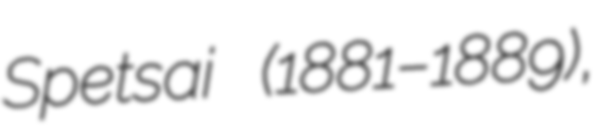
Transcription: Spetsai (1881–1889),